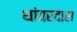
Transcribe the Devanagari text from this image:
थांवरदास